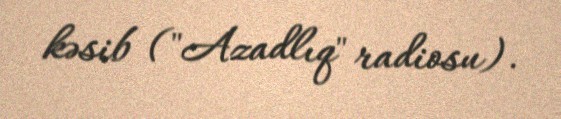
kəsib ("Azadlıq" radiosu).